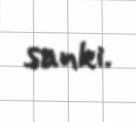
sanki.